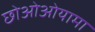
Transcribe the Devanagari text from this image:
छोओओयामा